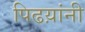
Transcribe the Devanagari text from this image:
पिढय़ांनी